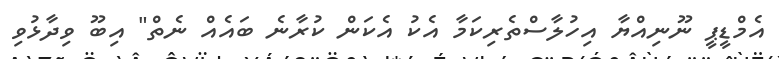
އެމްޑީޕީ ނޫނިއްޔާ އިހުލާސްތެރިކަމާ އެކު އެކަން ކުރާނެ ބައެއް ނެތް" އިބޫ ވިދާޅުވި